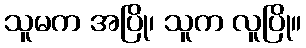
သူမက အပြို၊ သူက လူပြို။